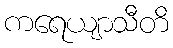
ကရေယျာသီတိ